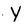
Character: Y